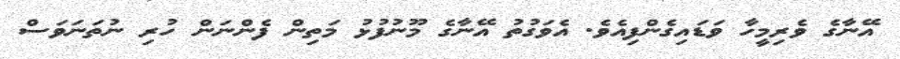
އޭނާގެ ވެރިމީހާ ވަޑައިގެންފިއެވެ. އެވަގުތު އޭނާގެ މޫނުފުޅު މަތިން ފެންނަން ހުރި ނުތަނަވަސް